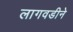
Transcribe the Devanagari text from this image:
लागवडीने